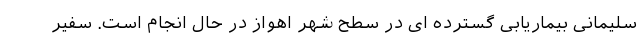
سلیمانی بیماریابی گسترده ای در سطح شهر اهواز در حال انجام است. سفیر